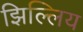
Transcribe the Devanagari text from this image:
झिल्लिय